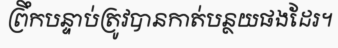
ព្រឹកបន្ទាប់ត្រូវបានកាត់បន្ថយផងដែរ។